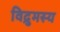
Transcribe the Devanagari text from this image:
विद्रुमस्य